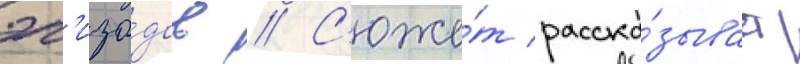
эп'изо́дов // С'юже́т расска́зывает